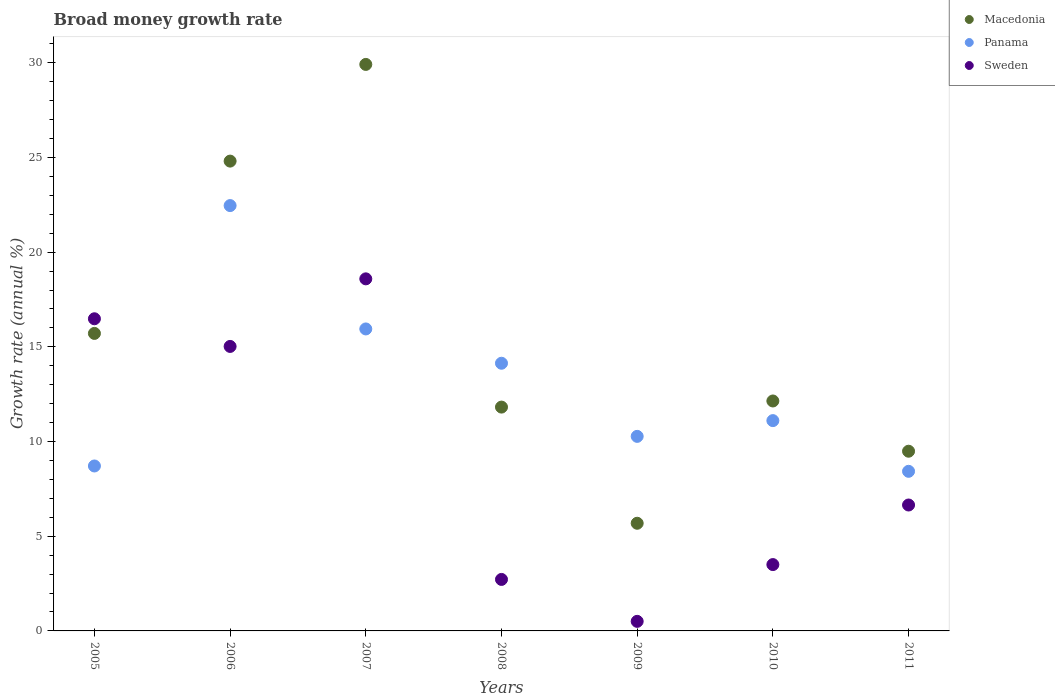
| Years | Macedonia | Panama | Sweden |
 | --- | --- | --- | --- |
 | 2005 | 15.7 | 8.71 | 16.5 |
 | 2006 | 24.8 | 22.5 | 15 |
 | 2007 | 29.9 | 15.9 | 18.6 |
 | 2008 | 11.8 | 14.1 | 2.72 |
 | 2009 | 5.68 | 10.3 | 0.505 |
 | 2010 | 12.1 | 11.1 | 3.5 |
 | 2011 | 9.49 | 8.43 | 6.65 |